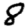
Digit: 8